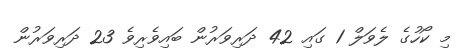
މި ކޯހުގެ ލެވަލް 1 ގައި 42 ދަރިވަރުން ބައިވެރިވެ 23 ދަރިވަރުން